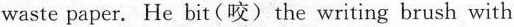
waste paper. He bit(咬)the writing brush with